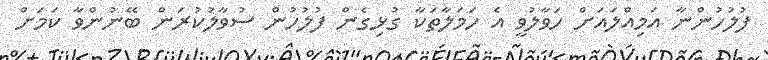
ފުލުހުންނާ އަމިއްލައަށް ހަވާލުވީ އެ ހަމަލާތަކާ ގުޅިގެން ފުލުހުން ސުވާލުކުރަން ބޭނުންވާ ކަމަށް